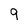
Character: 9